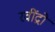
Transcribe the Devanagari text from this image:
रवींद्रो